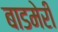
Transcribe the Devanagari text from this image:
बाडमेरी